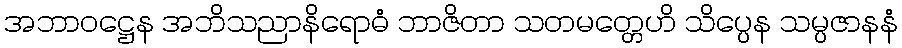
အဘာဝဋ္ဌေန အဘိသညာနိရောဓံ ဘာဇိတာ သတမတ္တေဟိ သိပ္ပေန သမ္ပဇာနနံ